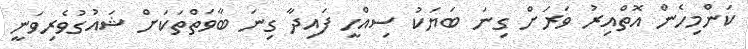
ކަންމިހެން އޮތްއިރު ވަރަށް ގިނަ ބަޔަކު ސިއްހީ ފައިދާ ގިނަ ބާވަތްތަކަށް ޝައުގުވެރިވަނީ